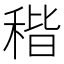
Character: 𥟠